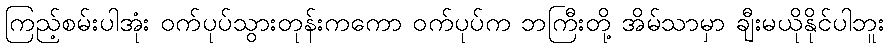
ကြည့်စမ်းပါအုံး ဝက်ပုပ်သွားတုန်းကကော ဝက်ပုပ်က ဘကြီးတို့ အိမ်သာမှာ ချီးမယိုနိုင်ပါဘူး